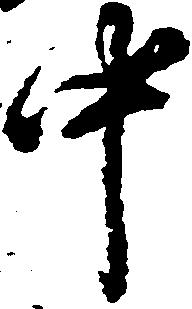
中